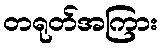
တရုတ်အကြား